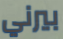
بيرني